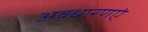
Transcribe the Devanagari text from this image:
अवधारणएं